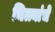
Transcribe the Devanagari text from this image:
चित्त्यांचे